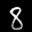
Label: 8